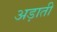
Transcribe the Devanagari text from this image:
अड़ाती